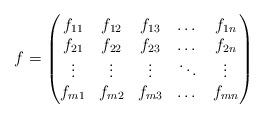
LaTeX: \begin{align*}f = \begin{pmatrix} f_{11} & f_{12} & f_{13} & \dots & f_{1n} \\ f_{21} & f_{22} & f_{23} & \dots &f_{2n} \\ \vdots & \vdots & \vdots & \ddots & \vdots \\ f_{m1} & f_{m2} & f_{m3} & \dots & f_{mn}\end{pmatrix}\end{align*}